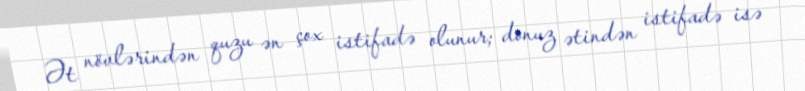
Ət növlərindən quzu ən çox istifadə olunur; donuz ətindən istifadə isə